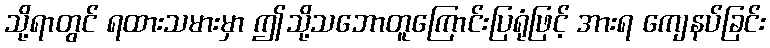
သို့ရာတွင် ရထားသမားမှာ ဤသို့သဘောတူကြောင်းပြရုံဖြင့် အားရ ကျေနပ်ခြင်း